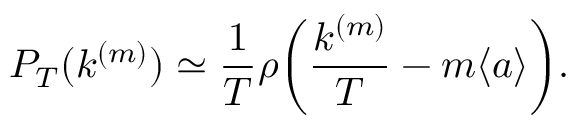
P _ { T } ( k ^ { ( m ) } ) \simeq \frac { 1 } { T } \rho \bigg ( \frac { k ^ { ( m ) } } { T } - m \langle a \rangle \bigg ) .